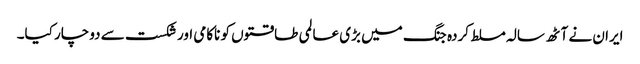
ایران نے آٹھ سالہ مسلط کردہ جنگ میں بڑی عالمی طاقتوں کو ناکامی اور شکست سے دوچار کیا۔